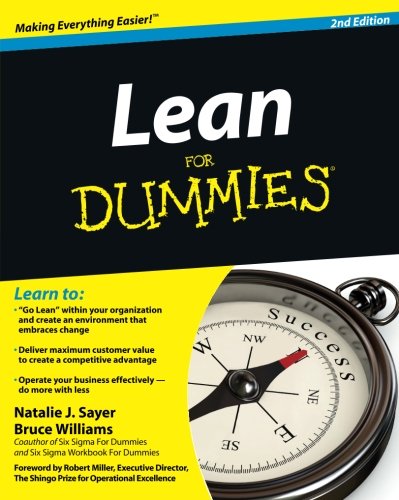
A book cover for Lean For Dummies; Natalie J. Sayer; Business & Money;